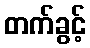
တက်ခွင့်